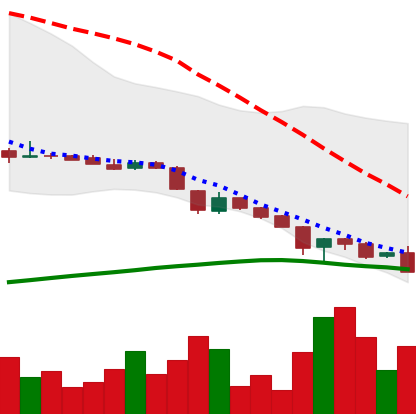
Ticker: DOGE-USD
Chart end date: 2018-11-19
Forward return: -8.023%
Label: down_7plus